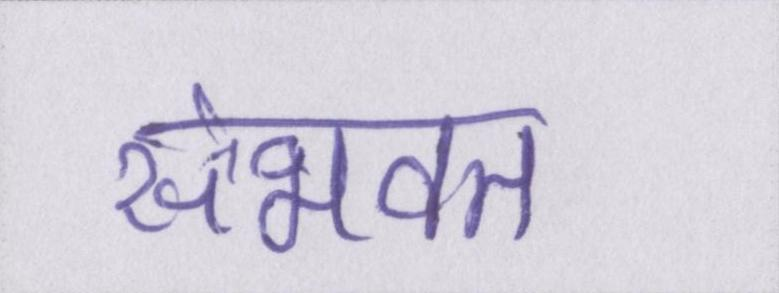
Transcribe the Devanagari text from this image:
संभवत